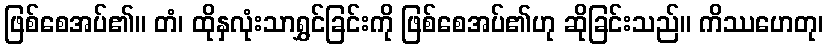
ဖြစ်စေအပ်၏။ တံ၊ ထိုနှလုံးသာရွှင်ခြင်းကို ဖြစ်စေအပ်၏ဟု ဆိုခြင်းသည်။ ကိဿဟေတု၊